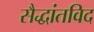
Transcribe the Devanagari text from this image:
सैद्धांतविद